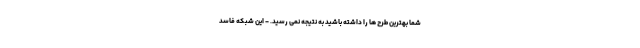
شما بهترین طرح ها را داشته باشید به نتیجه نمی رسید. - این شبکه فاسد